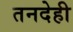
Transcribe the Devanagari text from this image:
तनदेही